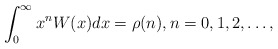
\begin{align*}\int_{0}^{\infty} x^{n} W(x) dx = \rho(n), n=0, 1, 2, \ldots, \end{align*}